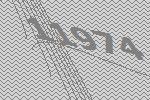
11974